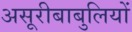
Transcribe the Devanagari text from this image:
असूरीबाबुलियों